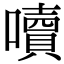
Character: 𡂝